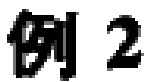
例 2